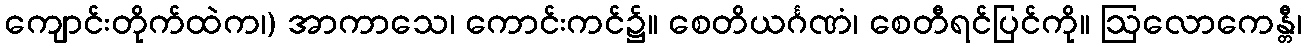
ကျောင်းတိုက်ထဲက၊) အာကာသေ၊ ကောင်းကင်၌။ စေတိယင်္ဂဏံ၊ စေတီရင်ပြင်ကို။ ဩလောကေန္တီ၊